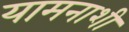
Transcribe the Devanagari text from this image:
यामनाशी